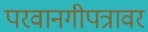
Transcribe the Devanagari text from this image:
परवानगीपत्रावर